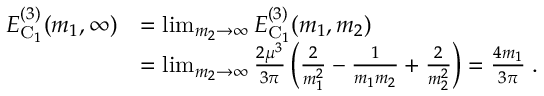
\begin{array} { r l } { E _ { \mathrm { C } _ { 1 } } ^ { ( 3 ) } ( m _ { 1 } , \infty ) } & { = \operatorname* { l i m } _ { m _ { 2 } \rightarrow \infty } E _ { \mathrm { C } _ { 1 } } ^ { ( 3 ) } ( m _ { 1 } , m _ { 2 } ) } \\ & { = \operatorname* { l i m } _ { m _ { 2 } \rightarrow \infty } \frac { 2 \mu ^ { 3 } } { 3 \pi } \left( \frac { 2 } { m _ { 1 } ^ { 2 } } - \frac { 1 } { m _ { 1 } m _ { 2 } } + \frac { 2 } { m _ { 2 } ^ { 2 } } \right) = \frac { 4 m _ { 1 } } { 3 \pi } \; . } \end{array}